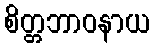
စိတ္တဘာဝနာယ